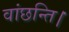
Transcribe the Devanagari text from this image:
वांछन्ति।